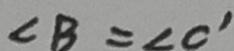
\angle B = \angle C ^ { \prime }